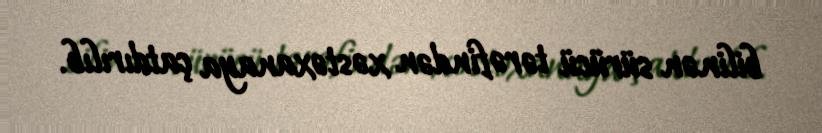
bilinən sürücü tərəfindən xəstəxanaya çatdırılıb.